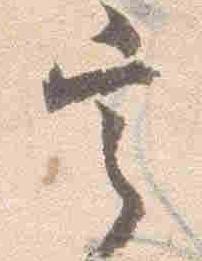
定